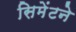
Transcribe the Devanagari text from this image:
सिमेंटने